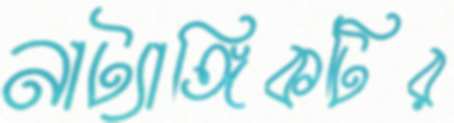
নাট্যাঙ্গিকটির